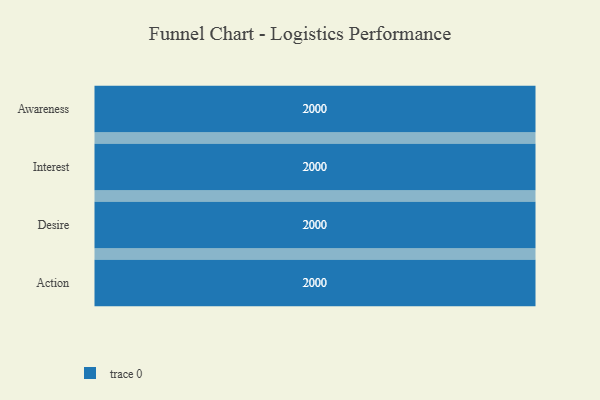
{"axis": {"x": "Stage", "y": "Value"}, "legend": [""], "data": [{"x": "Awareness", "y": 2000, "type": ""}, {"x": "Interest", "y": 2000, "type": ""}, {"x": "Desire", "y": 2000, "type": ""}, {"x": "Action", "y": 2000, "type": ""}]}